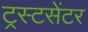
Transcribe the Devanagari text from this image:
ट्रस्टसेंटर